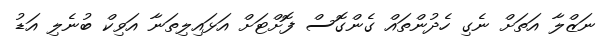
ނަޒްލާ އަތަށް ނެގި ހެދުންތައް ގެންގޮސް ފޮށްޓަށް އަޅައިލިތަނާ އަވިކް ބުނެލި އަޑު